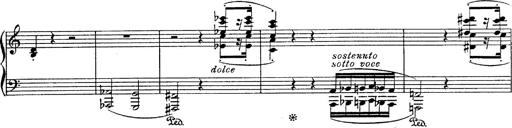
Title: Fantasie Ã¼ber Themen aus Mozarts Figaro und Don Giovanni
Composer: Franz Liszt